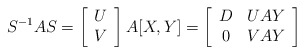
\begin{align*}S^{-1}AS=\left[\begin{array}{c}U\\V\end{array}\right]A[X,Y]=\left[\begin{array}{cc}D & UAY\\0 & VAY\end{array}\right]\end{align*}